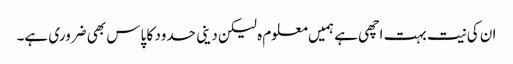
ان کی نیت بہت اچھی ہے ہمیں معلوم ہ لیکن دینی حدود کا پاس بھی ضروری ہے۔